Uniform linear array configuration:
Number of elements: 8
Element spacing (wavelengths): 0.75
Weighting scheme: exponential
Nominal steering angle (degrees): -30
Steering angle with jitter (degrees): -28.414
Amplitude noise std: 0.05
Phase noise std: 0.05

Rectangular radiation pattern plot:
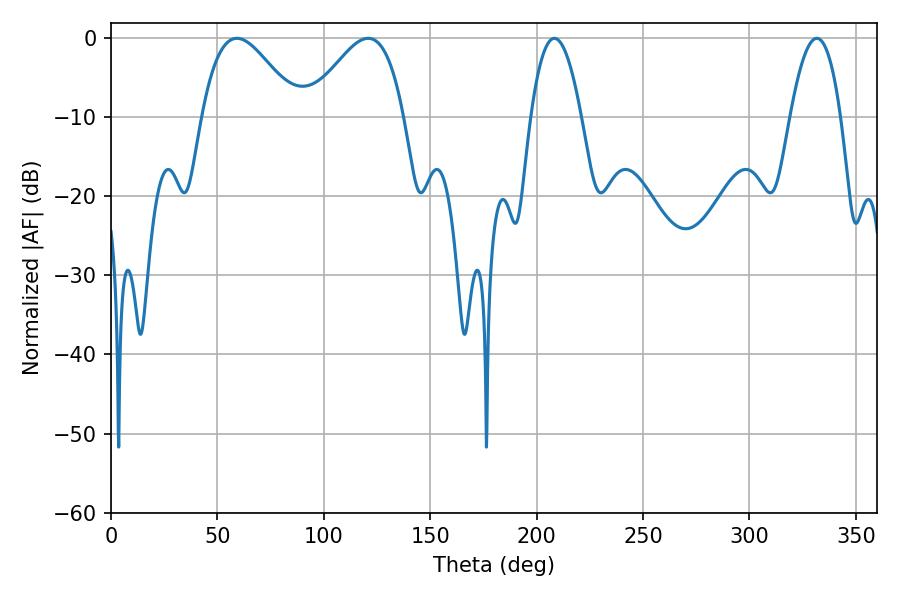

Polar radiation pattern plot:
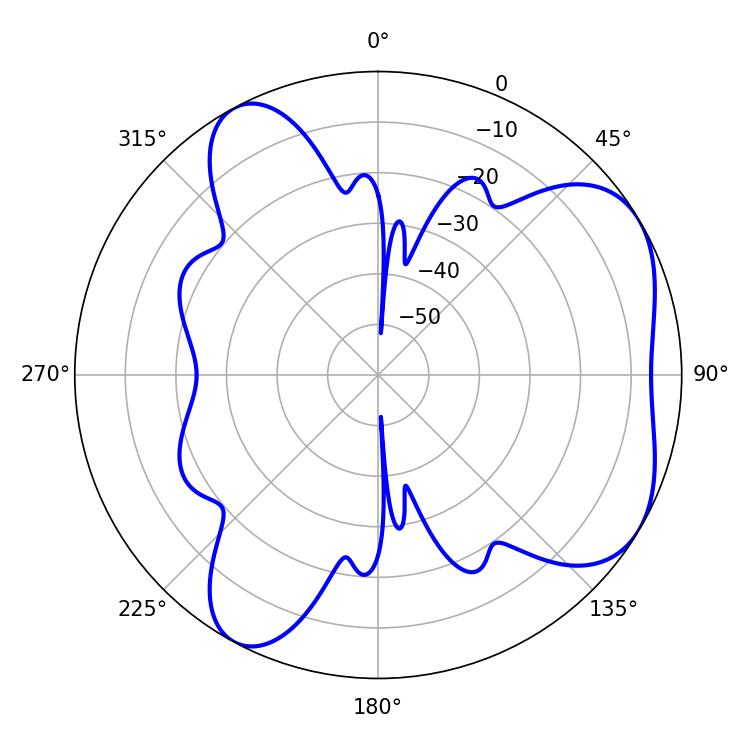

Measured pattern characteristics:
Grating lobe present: TRUE
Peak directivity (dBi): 5.37
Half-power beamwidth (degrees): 24.3
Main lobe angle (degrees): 120.78